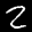
Label: 2